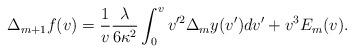
LaTeX: \begin{align*} \Delta_{m+1}f(v)=\frac{1}{v}\frac{\lambda}{6\kappa^2}\int_0^vv'^2\Delta_my(v')dv'+v^3E_m(v).\end{align*}